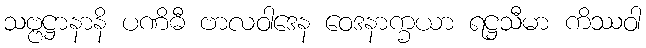
သဗ္ဗဋ္ဌာနာနိ ပဏိဓီ ဗာလဝါဒေန ဝေဒနာက္ခယာ ရဋ္ဌသီမာ ကိဿဝါ